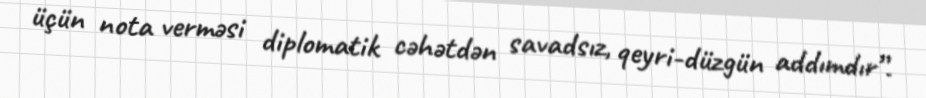
üçün nota verməsi diplomatik cəhətdən savadsız, qeyri-düzgün addımdır”.